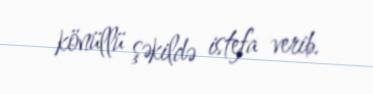
könüllü şəkildə istefa verib.